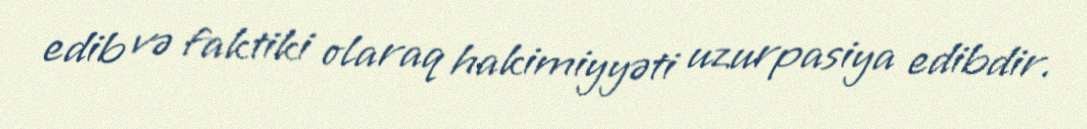
edib və faktiki olaraq hakimiyyəti uzurpasiya edibdir.